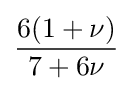
{\frac {6(1+\nu )}{7+6\nu }}